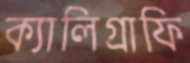
ক্যালিগ্রাফি